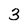
Character: 3